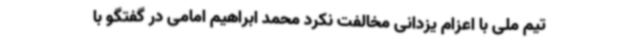
تیم ملی با اعزام یزدانی مخالفت نکرد محمد ابراهیم امامی در گفتگو با